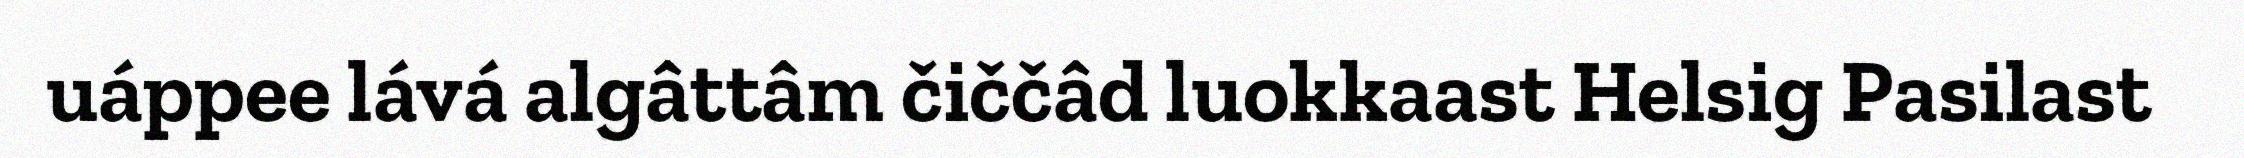
uáppee lává algâttâm čiččâd luokkaast Helsig Pasilast